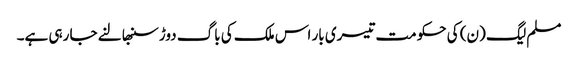
مسلم لیگ (ن) کی حکومت تیسری بار اس ملک کی باگ دوڑ سنبھالنے جا رہی ہے۔